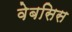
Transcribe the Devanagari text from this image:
वेबसिस